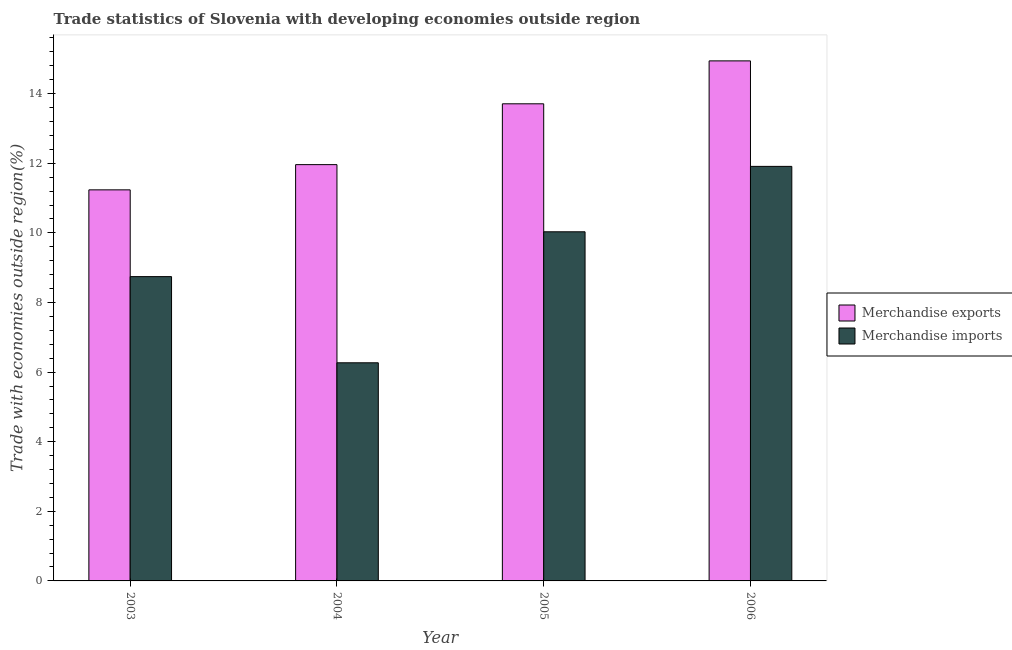
| Year | Merchandise exports | Merchandise imports |
 | --- | --- | --- |
 | 2003 | 11.2 | 8.74 |
 | 2004 | 12 | 6.27 |
 | 2005 | 13.7 | 10 |
 | 2006 | 14.9 | 11.9 |